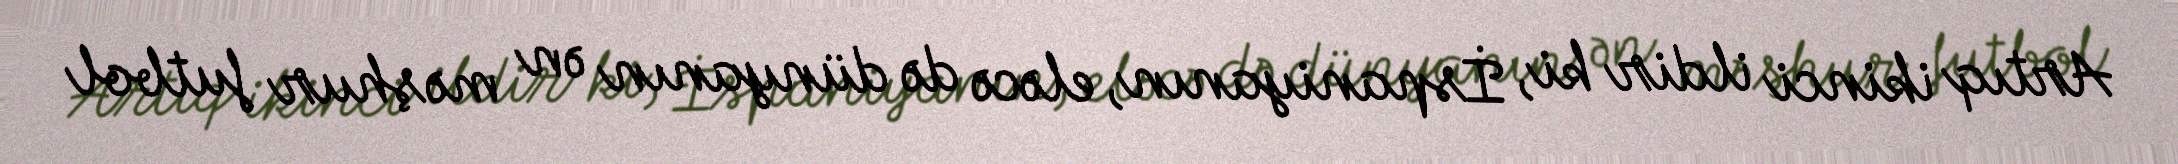
Artıq ikinci ildir ki, İspaniyanın, eləcə də dünyanın ən məşhur futbol